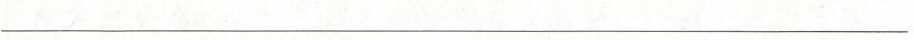
___